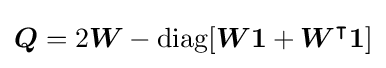
{\boldsymbol {Q}}=2{\boldsymbol {W}}-\operatorname {diag} [{\boldsymbol {W1}}+{\boldsymbol {W}}^{\intercal }{\boldsymbol {1}}]